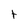
Character: t